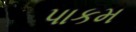
પાકમ